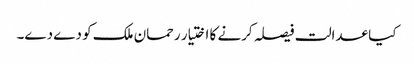
کیا عدالت فیصلہ کرنے کا اختیار رحمان ملک کو دے دے۔